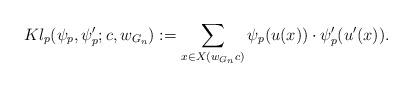
LaTeX: \begin{align*} Kl_p(\psi_p, \psi_p';c,w_{G_n}) := \sum_{x\in X(w_{G_n} c)}\psi_p(u(x))\cdot \psi_p'(u'(x)).\end{align*}